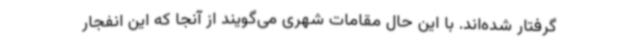
گرفتار شده‌اند. با این حال مقامات شهری می‌گویند از آنجا که این انفجار